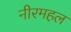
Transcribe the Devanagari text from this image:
नीरमहल